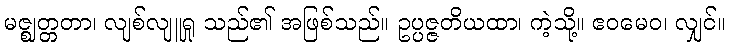
မဇ္ဈတ္တတာ၊ လျစ်လျူရှု သည်၏ အဖြစ်သည်။ ဥပ္ပဇ္ဇတိယထာ၊ ကဲ့သို့။ ဧဝမေဝ၊ လျှင်။